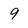
Character: 9